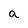
Character: a